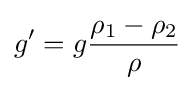
g'=g{\frac {\rho _{1}-\rho _{2}}{\rho }}